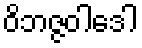
ဝိဘဇ္ဇဝါဒေါ